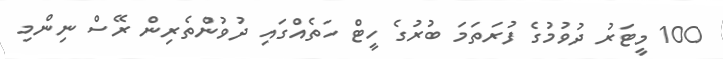
100 މީޓަރު ދުވުމުގެ ފުރަތަމަ ބުރުގެ ހީޓް ހަތެއްގައި ދުވުންތެރިން ރޭސް ނިންމި